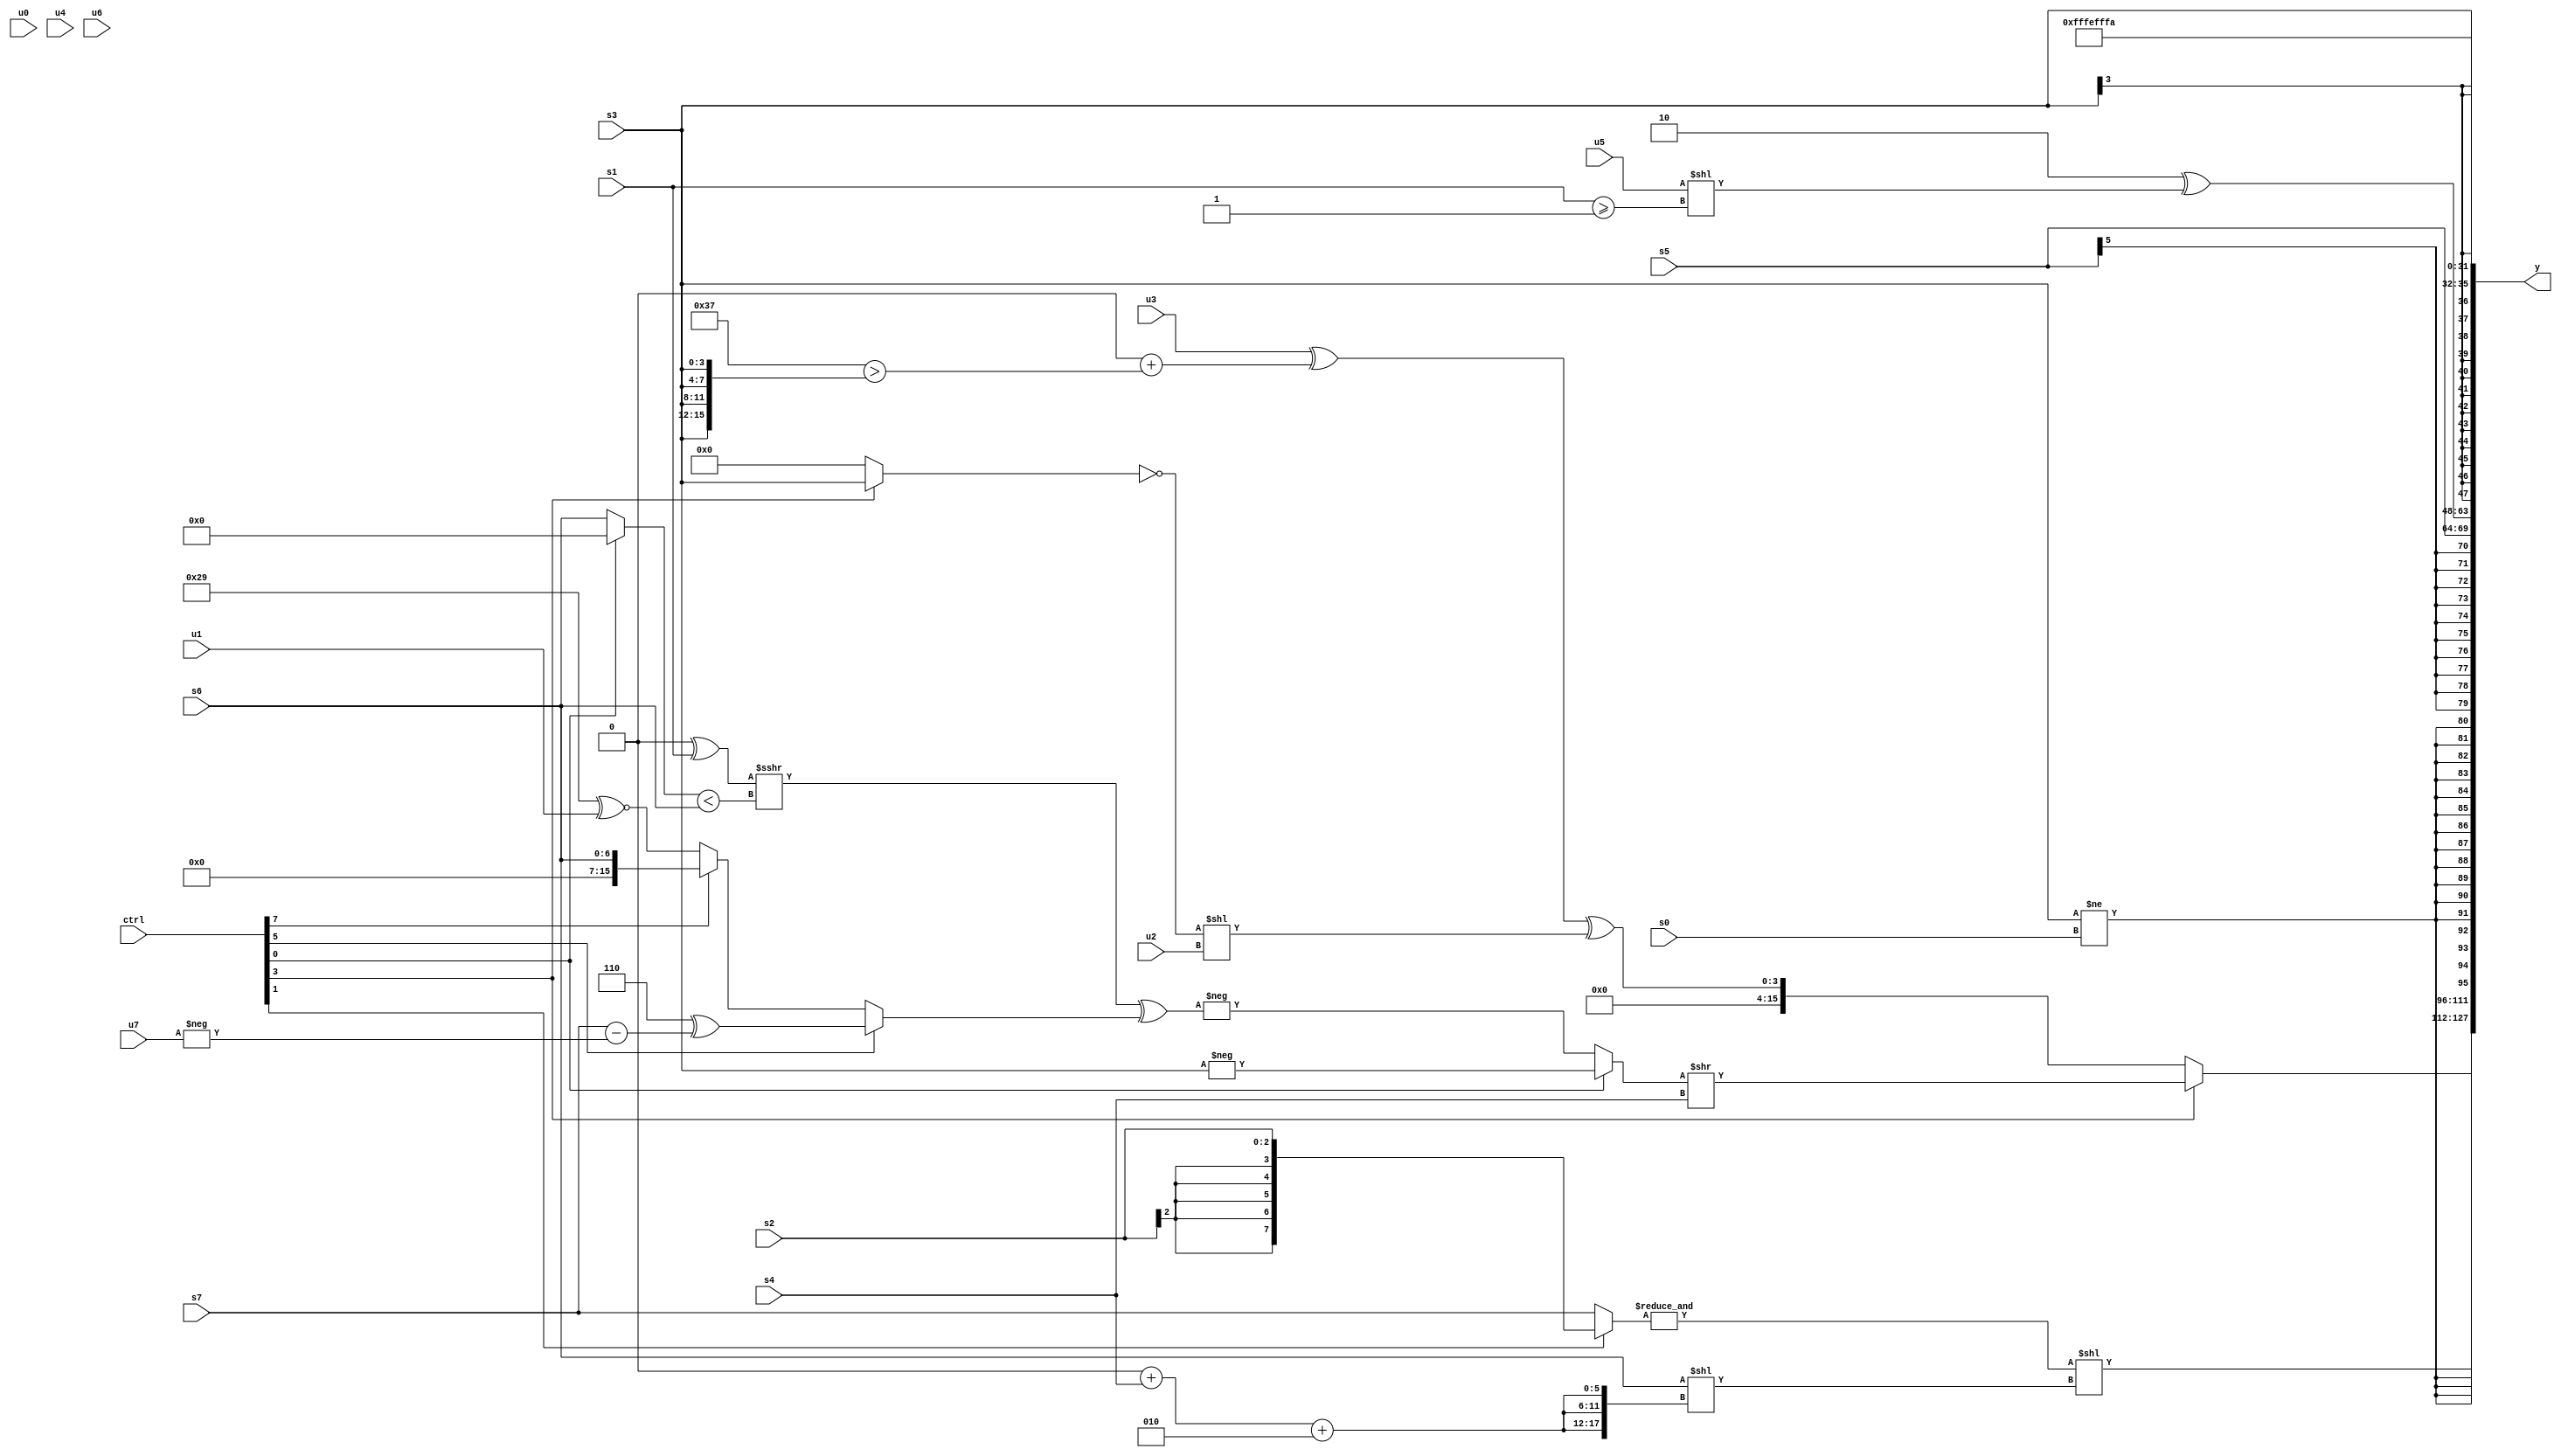
module wideexpr_00694(ctrl, u0, u1, u2, u3, u4, u5, u6, u7, s0, s1, s2, s3, s4, s5, s6, s7, y);
  input [7:0] ctrl;
  input [0:0] u0;
  input [1:0] u1;
  input [2:0] u2;
  input [3:0] u3;
  input [4:0] u4;
  input [5:0] u5;
  input [6:0] u6;
  input [7:0] u7;
  input signed [0:0] s0;
  input signed [1:0] s1;
  input signed [2:0] s2;
  input signed [3:0] s3;
  input signed [4:0] s4;
  input signed [5:0] s5;
  input signed [6:0] s6;
  input signed [7:0] s7;
  output [127:0] y;
  wire [15:0] y0;
  wire [15:0] y1;
  wire [15:0] y2;
  wire [15:0] y3;
  wire [15:0] y4;
  wire [15:0] y5;
  wire [15:0] y6;
  wire [15:0] y7;
  assign y = {y0,y1,y2,y3,y4,y5,y6,y7};
  assign y0 = (ctrl[3]?((ctrl[0]?-(s3):-(((($signed((3'sb100)<<(2'b01)))^(s1))>>>(|(((ctrl[0]?1'sb0:s6))<(s6))))^((ctrl[5]?($signed(3'sb110))^((s7)-(-(u7))):(ctrl[7]?s6:+((6'b101001)^~(u1))))))))>>($signed(s4)):($signed((u3)^((~|(5'sb00101))+((6'b110111)>({4{s3}})))))^($signed($signed((!((ctrl[3]?+($signed(s3)):((1'sb0)>>>(2'sb01))<<((3'b101)>>>(5'b00100)))))<<($signed(u2))))));
  assign y1 = (&({(ctrl[1]?s2:s7)}))<<($signed((s6)<<({3{(+((2'sb00)+(s4)))+(6'sb000010)}})));
  assign y2 = $signed((s3)!=(s0));
  assign y3 = s5;
  assign y4 = (2'sb10)^(+(($signed(+(u5)))<<((s1)>=(2'sb11))));
  assign y5 = s3;
  assign y6 = 2'sb10;
  assign y7 = 4'sb1010;
endmodule